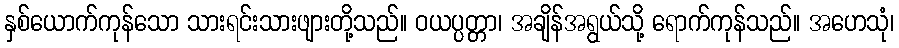
နှစ်ယောက်ကုန်သော သားရင်းသားဖျားတို့သည်။ ဝယပ္ပတ္တာ၊ အချိန်အရွယ်သို့ ရောက်ကုန်သည်။ အဟေသုံ၊